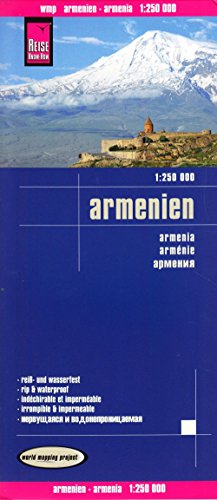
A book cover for Armenia; Reise Know-How Verlag; Travel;